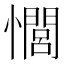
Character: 𢣻